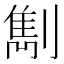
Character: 𠟠